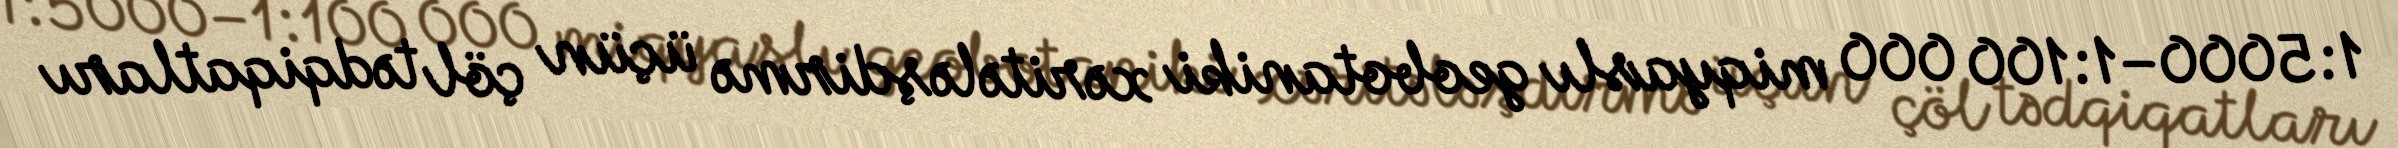
1:5000–1:100 000 miqyaslı geobotaniki xəritələşdirmə üçün çöl tədqiqatları